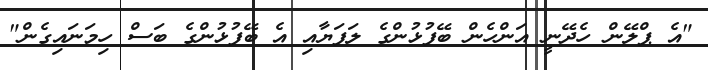
"އެ ޕްލޭން ހެދޭނީ އަންހެން ބޭފުޅުންގެ ލަފަޔާއި އެ ބޭފުޅުންގެ ބަސް ހިމަނައިގެން"